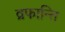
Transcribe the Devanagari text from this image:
व्रफान्ति